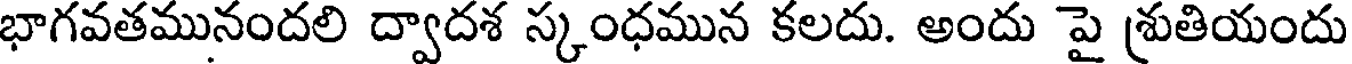
భాగవతమునందలి ద్వాదశ స్కంధమున కలదు. అందు పై శ్రుతియందు